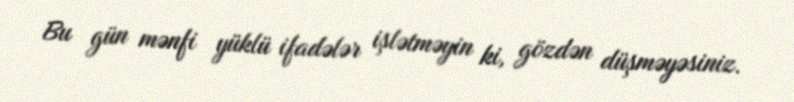
Bu gün mənfi yüklü ifadələr işlətməyin ki, gözdən düşməyəsiniz.